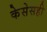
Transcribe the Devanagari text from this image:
केसेसही